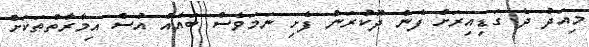
މިއަދު ދެ ގަޑިއިރަށް ފެން ދޫކުރަން ފެށި ނަމަވެސް ބައެއް އުސް އިމާރާތްތަކަށް